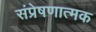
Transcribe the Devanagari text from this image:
संप्रेषणात्मक